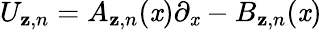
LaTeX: U_{\mathbf{z},n}=A_{\mathbf{z},n}(\mathit{x})\partial_{\mathit{x}}-B_{\mathbf{z},n}(\mathit{x})